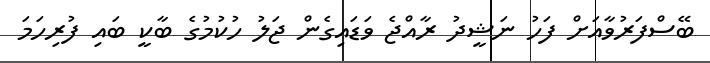
ބޭސްފަރުވާއަށް ފަހު ނަޝީދު ރާއްޖެ ވަޑައިގެން ޖަލު ހުކުމުގެ ބާކީ ބައި ފުރިހަމަ